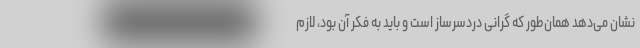
نشان می‌دهد همان‌طور که گرانی دردسرساز است و باید به فکر آن بود، لازم